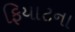
ફિયાટના